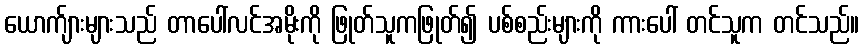
ယောက်ျားများသည် တာပေါ်လင်အမိုးကို ဖြုတ်သူကဖြုတ်၍ ပစ်စည်းများကို ကားပေါ် တင်သူက တင်သည်။